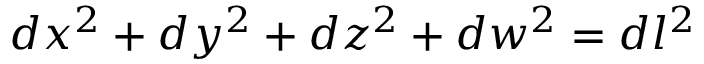
d x ^ { 2 } + d y ^ { 2 } + d z ^ { 2 } + d w ^ { 2 } = d l ^ { 2 }